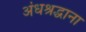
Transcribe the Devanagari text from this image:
अंधश्रद्धाना